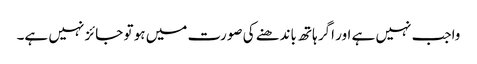
واجب نہیں ہے اور اگر ہاتھ باندھنے کی صورت میں ہو تو جائز نہیں ہے۔